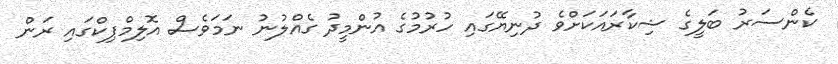
ކެންސަރު ބަލީގެ ޝިކާރައަކަށްވެ ދުނިޔޭގައި ހުރުމުގެ އުންމީދު ގެއްލުނު ނަމަވެސް އޮލިމްޕިކްގައި ރަން